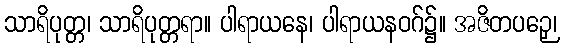
သာရိပုတ္တ၊ သာရိပုတ္တရာ။ ပါရာယနေ၊ ပါရာယနဝဂ်၌။ အဇိတပဉှေ၊